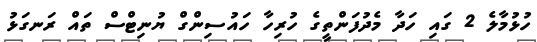
ހުޅުމާލެ 2 ގައި ހަދާ މެދުފަންތީގެ ހުރިހާ ހައުސިންގް ޔުނިޓްސް ތައް ރަނގަޅު